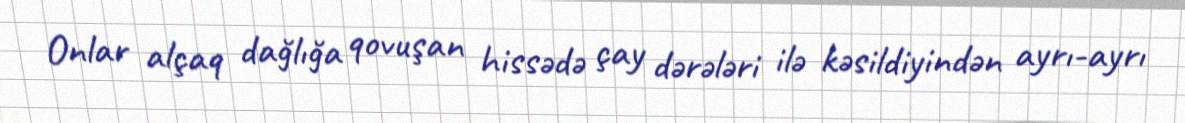
Onlar alçaq dağlığa qovuşan hissədə çay dərələri ilə kəsildiyindən ayrı-ayrı